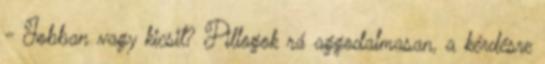
- Jobban vagy kicsit? Pillogok rá aggodalmasan, a kérdésre